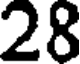
28